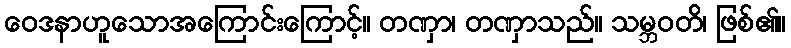
ဝေဒနာဟူသောအကြောင်းကြောင့်။ တဏှာ၊ တဏှာသည်။ သမ္ဘဝတိ၊ ဖြစ်၏။